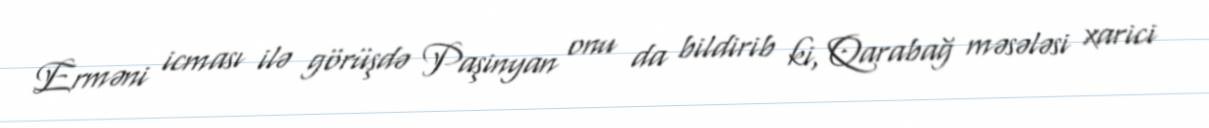
Erməni icması ilə görüşdə Paşinyan onu da bildirib ki, Qarabağ məsələsi xarici